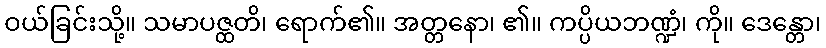
ဝယ်ခြင်းသို့။ သမာပဇ္ထတိ၊ ရောက်၏။ အတ္တနော၊ ၏။ ကပ္ပိယဘဏ္ဍံ၊ ကို။ ဒေန္တော၊